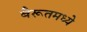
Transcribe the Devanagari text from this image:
बैरूतमध्ये